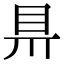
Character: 𥄊